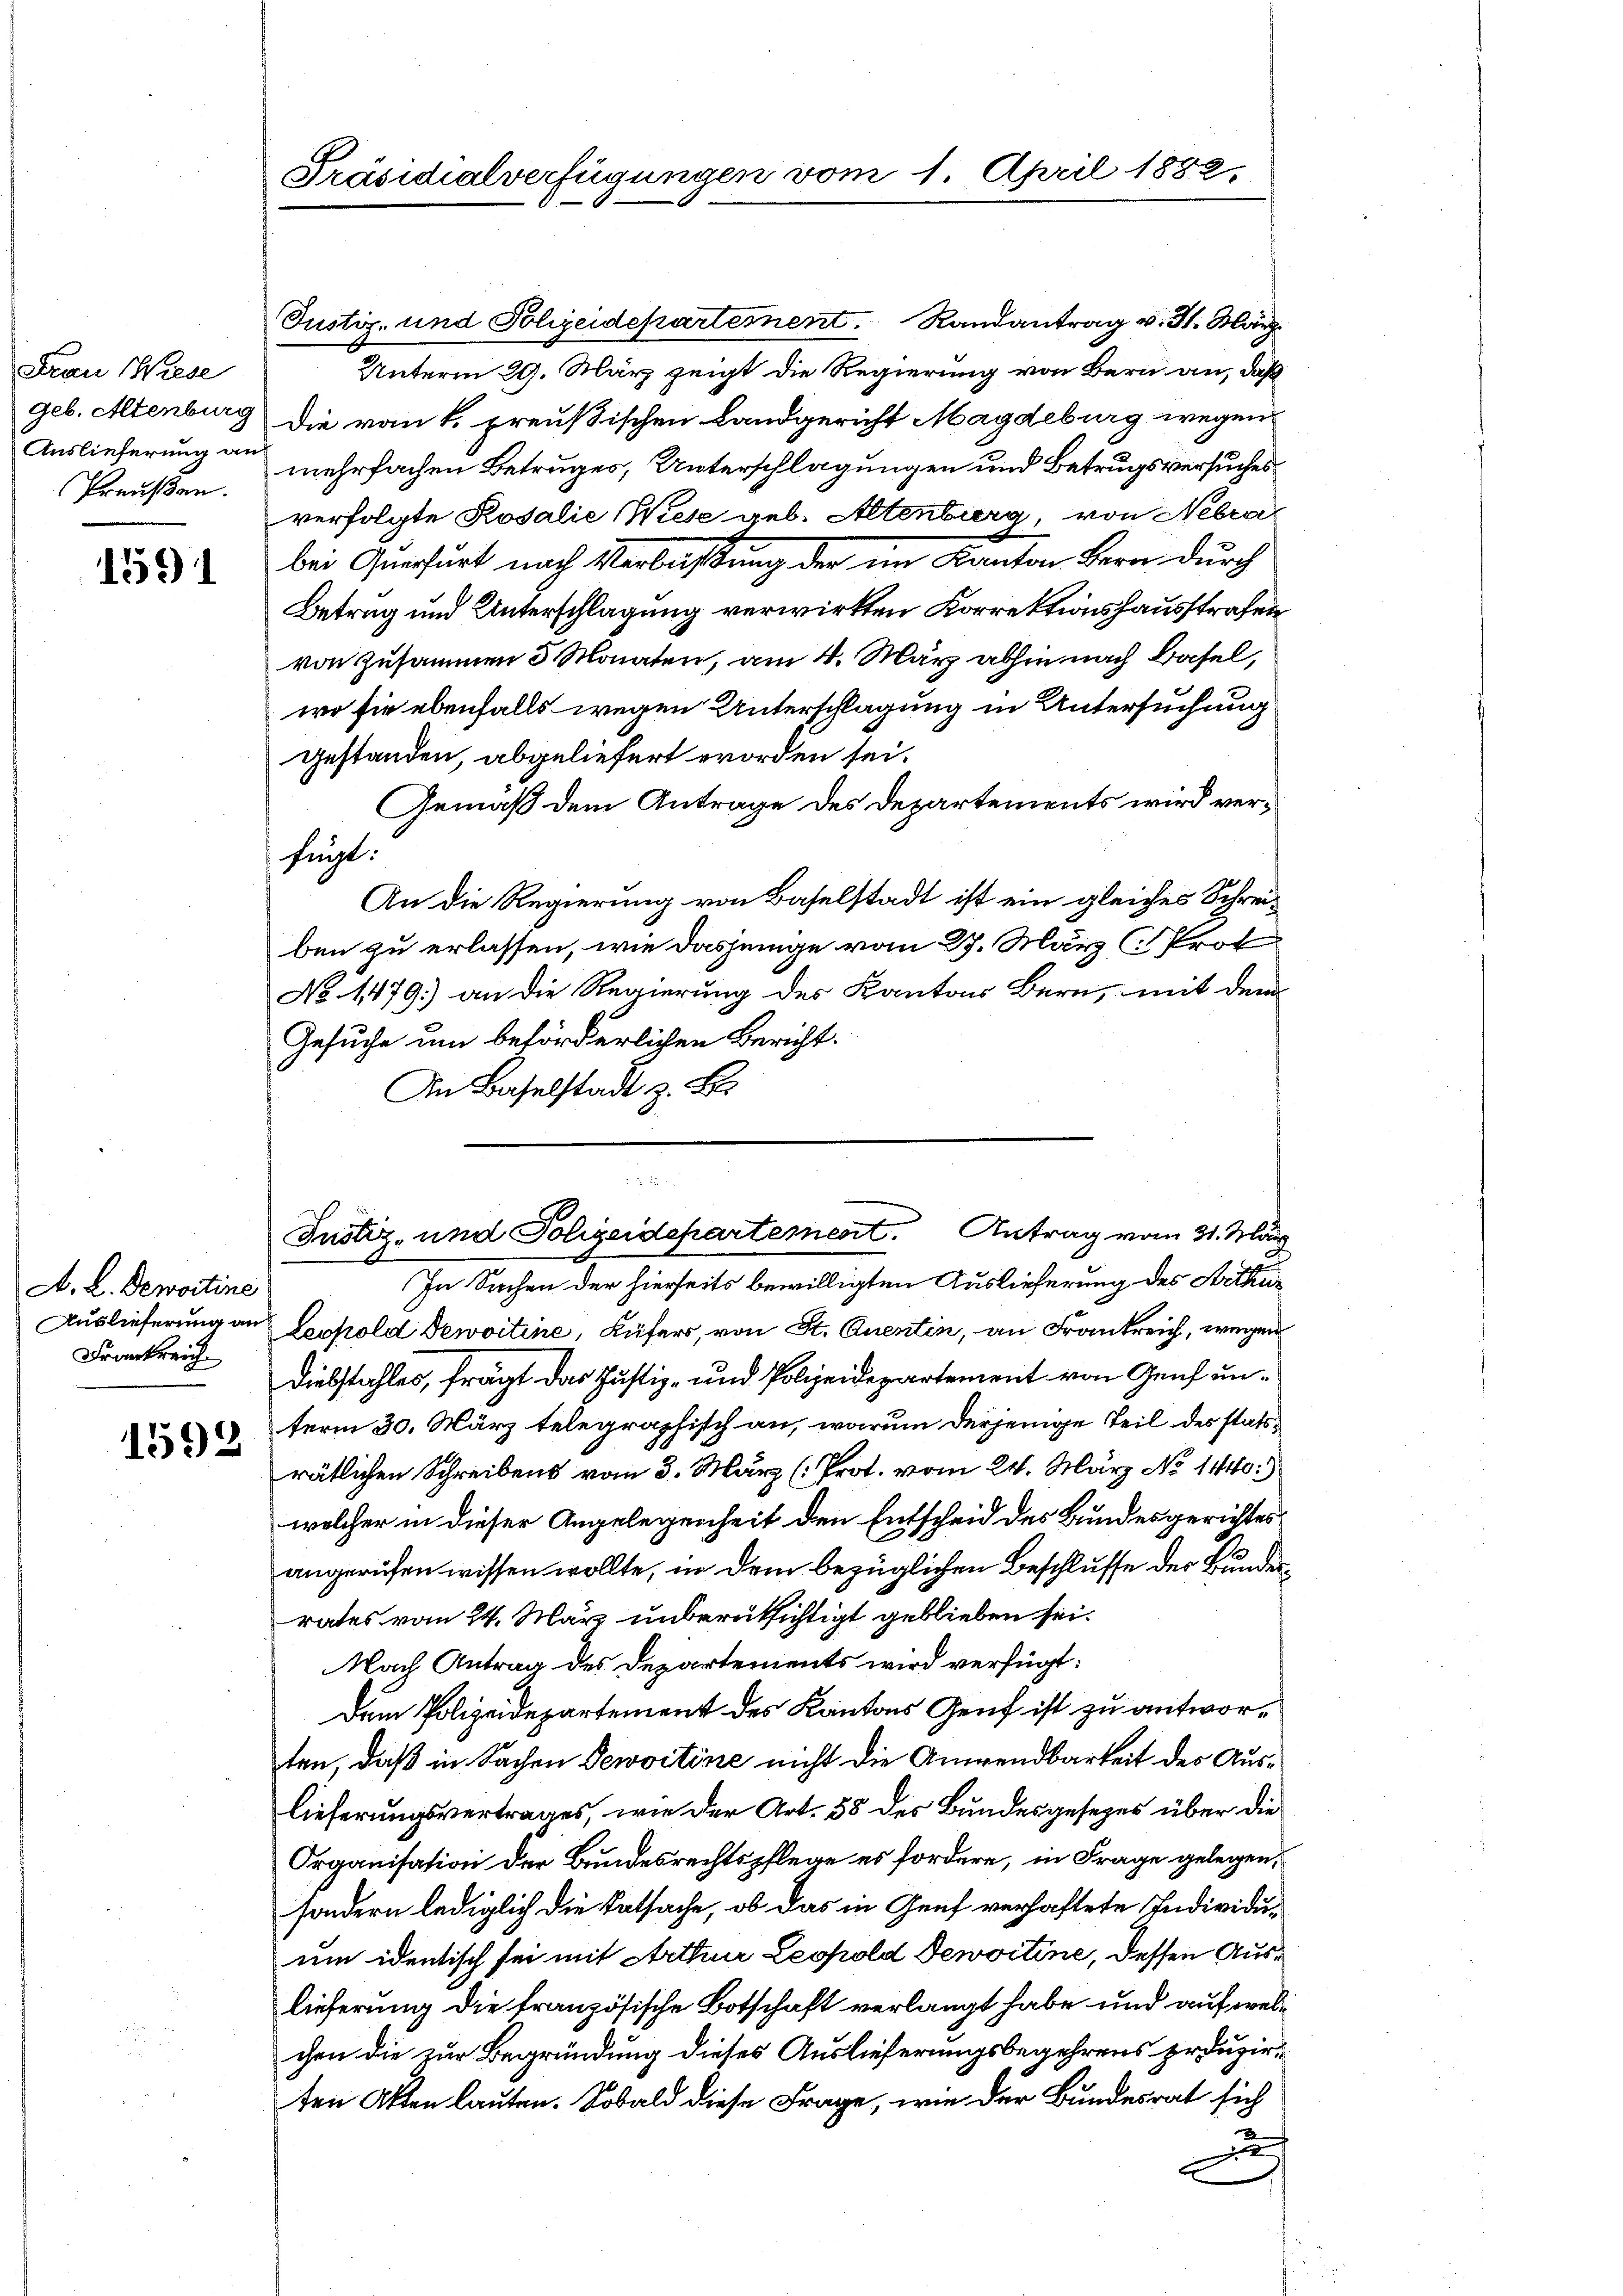
Frau Wiese
Auslieferung an
Preußen.

1591

A. L. Demortine
Frankreich

1592

Justiz- und Polizeidepartement. Randantrag v. 31. März
Unterm 29. März zeigt die Regierung von Bern an, daß
geb. Allenburg die vom k. preußischen Landgericht Magdeburg wegen
mehrfachen Betruges, Unterschlagungen und Betrugsversuches
verfolgte Rosalie (Wiese geb. Altenberg, von Nebra
bei Querfurt nach Verlassung der im Kanton Bern durch
Betrag und Unterschlagung verwirkten Korrektionshausstrafen
von Zusammen 3 Monaten, am 4. März abhin nach Basel,
wo sie ebenfalls wegen Unterschlagung in Untersuchung
gestanden, abgeliefert worden sei.
Gemäß dem Antrage des Departements wird verfügt:
An die Regierung von Baselstadt ist ein gleiches Schreiben zu erlassen, wie dasjenige vom 27. März ( Prot
No 1479. an die Regierung des Kantons Bern, mit dem
Gesuche um beförderlichen Bericht.
An Baselstadt z. B.
In Sachen der hierseits bewilligten Auslieferung des Arthur
Auslieferung an Leopold Dewoitine, Küfers, von St. Quentin, an Frankreich, wegen
Diebstahles, frägt das Justiz- und Polizeidepartement von Genf unterm 30. März telegraphisch an, warum derjenige Teil des statsrätlichen Schreibens vom 3. März (Prot. vom 24. März No 1440.
welcher in dieser Angelegenheit den Entscheid des Bundesgerichtes
angerufen wissen wollte, in dem bezüglichen Beschlusse der Bundesrates vom 24. März unberüksichtigt geblieben sei.
Nach Antrag des Departements wird verfügt:
Dem Polizeidepartement des Kantons Genf ist zu antworten, daß in Sachen Servitine nicht die Anwendbarkeit des Auslieferungsvertrages, wie der Art. 58 des Bundesgesezes über die
Organisation der Bundesrechtspflege es fordere, in Frage gelegen,
sondern lediglich die Tatsache, ob das in Genf verhaftete Individuum identisch sei mit Arthur Leopold Dewoitine, dessen Auslieferung die französische Botschaft verlangt habe und auf welchen die zur Begründung dieses Auslieferungsbegehrens produzirten Akten lauten. Sobald diese Frage, wie der Bundesrat sich
d

Präsidialverfügungen vom 1. April 1882,

2
Justiz- und Polizeidepartement. Antrag vom 31. März